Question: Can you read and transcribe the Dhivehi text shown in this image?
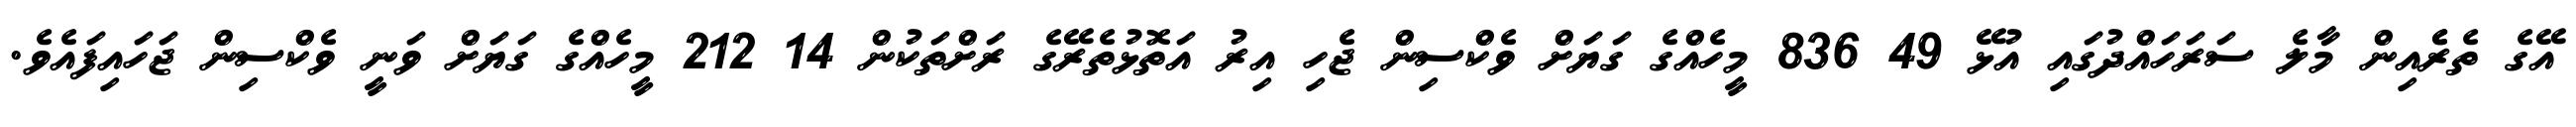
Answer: އޭގެ ތެރެެއިން މާލެ ސަރަހައްދުގައި އުޅޭ 49 836 މީހެއްގެ ގަޔަށް ވެކްސިން ޖެހި އިރު އަތޮޅުތެރޭގެ ރަށްތަކުން 14 212 މީހެއްގެ ގަޔަށް ވަނީ ވެކްސިން ޖަހައިފައެވެ.